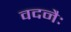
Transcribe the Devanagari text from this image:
वदनैः